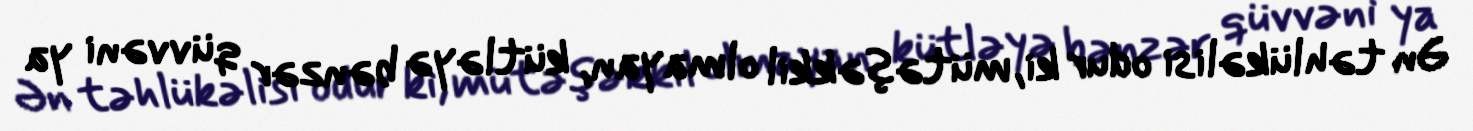
Ən təhlükəlisi odur ki, mütəşəkkil olmayan, kütləyə bənzər qüvvəni ya